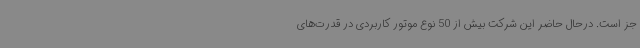
جز است. درحال حاضر این شرکت بیش از 50 نوع موتور کاربردی در قدرت‌های